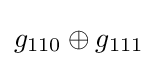
g_{110}\oplus g_{111}